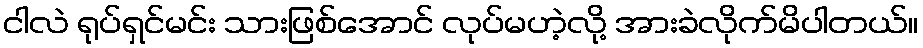
ငါလဲ ရုပ်ရှင်မင်း သားဖြစ်အောင် လုပ်မဟဲ့လို့ အားခဲလိုက်မိပါတယ်။